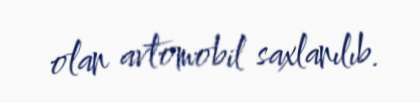
olan avtomobil saxlanılıb.